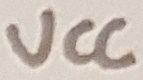
Text: VCC